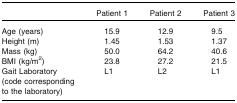
<table><thead><tr><td></td><td><b>Patient 1</b></td><td><b>Patient 2</b></td><td><b>Patient 3</b></td></tr></thead><tbody><tr><td>Age (years)</td><td>15.9</td><td>12.9</td><td>9.5</td></tr><tr><td>Height (m)</td><td>1.45</td><td>1.53</td><td>1.37</td></tr><tr><td>Mass (kg)</td><td>50.0</td><td>64.2</td><td>40.6</td></tr><tr><td>BMI (kg/m<sup>2</sup>)</td><td>23.8</td><td>27.2</td><td>21.5</td></tr><tr><td>Gait Laboratory (code corresponding to the laboratory)</td><td>L1</td><td>L2</td><td>L1</td></tr></tbody></table>